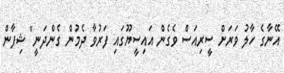
އޭނާގެ ހާލު ވަރަށް ސީރިއަސް ވެގެން އައިސީޔޫގައި ފަރުވާ ދެމުން ގެންދަނީ" ޝިފާން